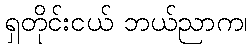
ရှတိုင်းငယ် ဘယ်ညာက၊